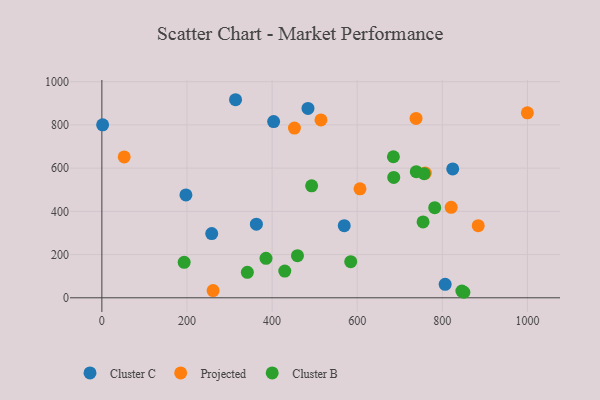
{"axis": {"x": "Price", "y": "Profit"}, "legend": ["Cluster B", "Cluster C", "Projected"], "data": [{"x": "258.1", "y": 297.1, "type": "Cluster C"}, {"x": "824.4", "y": 596.3, "type": "Cluster C"}, {"x": "1.8", "y": 800.3, "type": "Cluster C"}, {"x": "806.6", "y": 62.5, "type": "Cluster C"}, {"x": "314.1", "y": 916.6, "type": "Cluster C"}, {"x": "569.5", "y": 333.9, "type": "Cluster C"}, {"x": "197.5", "y": 476.2, "type": "Cluster C"}, {"x": "484.3", "y": 876.3, "type": "Cluster C"}, {"x": "403.6", "y": 815.3, "type": "Cluster C"}, {"x": "363.1", "y": 340.6, "type": "Cluster C"}, {"x": "760.0", "y": 577.1, "type": "Projected"}, {"x": "820.8", "y": 418.8, "type": "Projected"}, {"x": "738.2", "y": 830.2, "type": "Projected"}, {"x": "999.8", "y": 856.0, "type": "Projected"}, {"x": "606.5", "y": 504.2, "type": "Projected"}, {"x": "261.4", "y": 33.4, "type": "Projected"}, {"x": "52.5", "y": 651.8, "type": "Projected"}, {"x": "514.8", "y": 822.9, "type": "Projected"}, {"x": "452.5", "y": 785.3, "type": "Projected"}, {"x": "884.3", "y": 333.6, "type": "Projected"}, {"x": "459.6", "y": 195.1, "type": "Cluster B"}, {"x": "429.8", "y": 123.5, "type": "Cluster B"}, {"x": "685.0", "y": 652.8, "type": "Cluster B"}, {"x": "193.4", "y": 164.3, "type": "Cluster B"}, {"x": "782.1", "y": 416.8, "type": "Cluster B"}, {"x": "845.9", "y": 31.2, "type": "Cluster B"}, {"x": "738.8", "y": 583.4, "type": "Cluster B"}, {"x": "385.7", "y": 182.5, "type": "Cluster B"}, {"x": "341.9", "y": 117.9, "type": "Cluster B"}, {"x": "584.7", "y": 167.3, "type": "Cluster B"}, {"x": "685.8", "y": 557.2, "type": "Cluster B"}, {"x": "754.7", "y": 351.3, "type": "Cluster B"}, {"x": "850.6", "y": 25.5, "type": "Cluster B"}, {"x": "757.2", "y": 574.5, "type": "Cluster B"}, {"x": "492.9", "y": 518.3, "type": "Cluster B"}]}